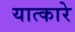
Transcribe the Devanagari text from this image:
यात्कारे